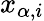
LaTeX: x_{\alpha,i}